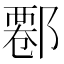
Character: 𨝍